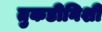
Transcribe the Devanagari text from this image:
तुकडीनिशी